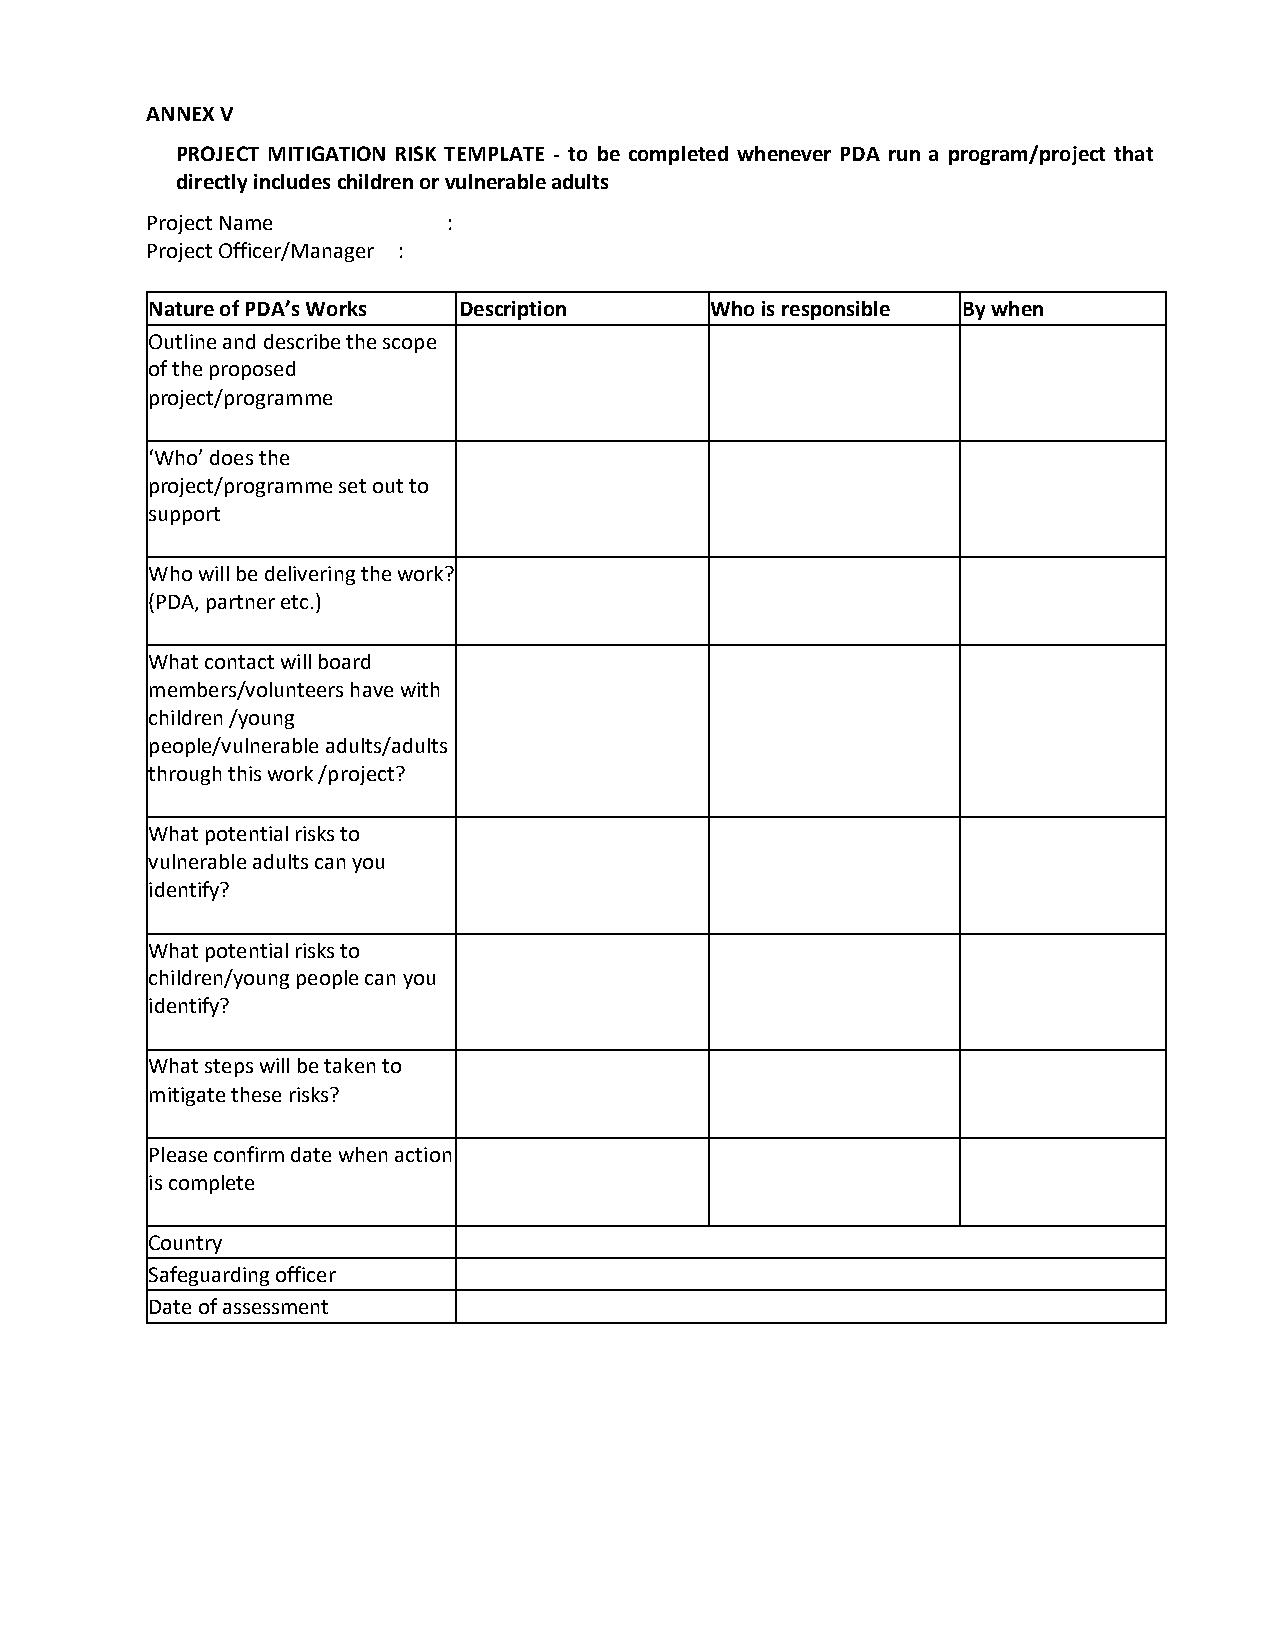
ANNEX V
 PROJECT MITIGATION RISK TEMPLATE - to be completed whenever PDA run a program/project that
 directly includes children or vulnerable adults
 Project Name        :
 Project Officer/Manager :
 Nature of PDA’s Works Description    Who is responsible By when
 Outline and describe the scope
 of the proposed
 project/programme
 ‘Who’ does the
 project/programme set out to
 support
 Who will be delivering the work?
 (PDA, partner etc.)
 What contact will board
 members/volunteers have with
 children /young
 people/vulnerable adults/adults
 through this work /project?
 What potential risks to
 vulnerable adults can you
 identify?
 What potential risks to
 children/young people can you
 identify?
 What steps will be taken to
 mitigate these risks?
 Please confirm date when action
 is complete
 Country
 Safeguarding officer
 Date of assessment